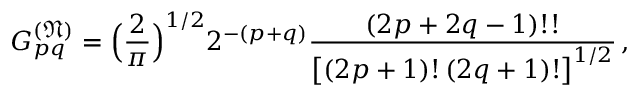
G _ { p q } ^ { ( \mathfrak { N } ) } = \Bigl ( \frac { 2 } { \pi } \Bigr ) ^ { 1 / 2 } 2 ^ { - ( p + q ) } \frac { ( 2 p + 2 q - 1 ) ! ! } { \bigl [ ( 2 p + 1 ) ! \, ( 2 q + 1 ) ! \bigr ] ^ { 1 / 2 } } \, ,